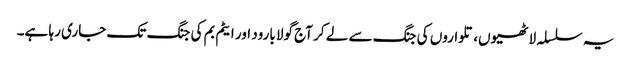
یہ سلسلہ لاٹھیوں، تلواروں کی جنگ سے لے کر آج گولا بارود اور ایٹم بم کی جنگ تک جاری رہا ہے۔